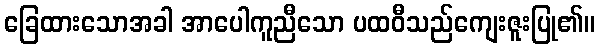
ခြေထားသောအခါ အာပေါကူညီသော ပထဝီသည်ကျေးဇူးပြု၏။